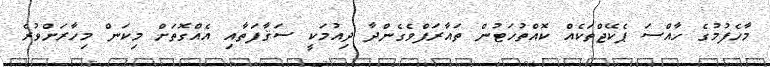
މާހެފުމުގެ ހާއްސަ ޕެކޭޖްތަކެއް ކޮއްތުހަޓުން ތައާރަފްވެގެންދާ ދިއުމަކީ ސަޤާފަތާއި އެއްގޮތަށް މިކަން މިހާރަށްވުރެ